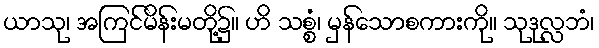
ယာသု၊ အကြင်မိန်းမတို့၌။ ဟိ သစ္စံ၊ မှန်သောစကားကို။ သုဒုလ္လဘံ၊